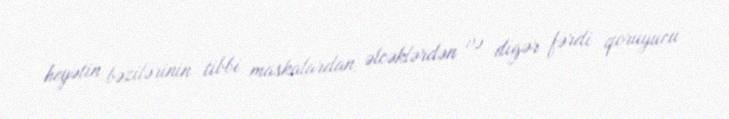
heyətin bəzilərinin tibbi maskalardan, əlcəklərdən və digər fərdi qoruyucu